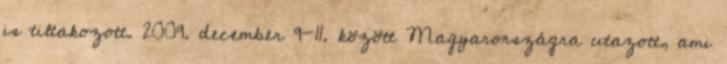
is tiltakozott. 2009. december 9-11. között Magyarországra utazott, ami